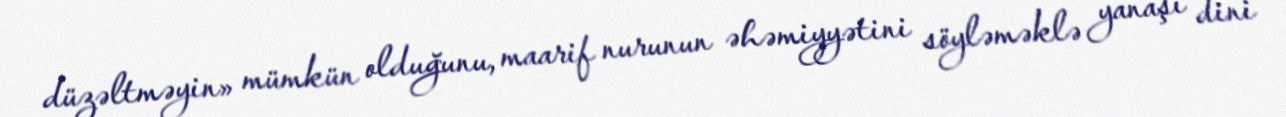
düzəltməyin» mümkün olduğunu, maarif nurunun əhəmiyyətini söyləməklə yanaşı dini